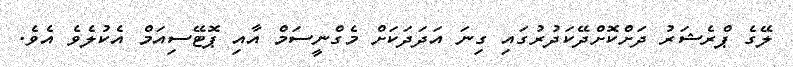
ލޭގެ ޕްރެޝަރު ދަށްކޮށްދޭކަދުރުގައި ގިނަ އަދަދަކަށް މެގްނީސަމް އާއި ޕޮޓޭސިއަމް އެކުލެވެ އެވެ.